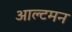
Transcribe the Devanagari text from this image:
आल्टमन